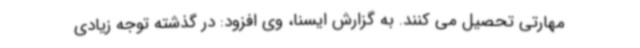
مهارتی تحصیل می کنند. به گزارش ایسنا، وی افزود: در گذشته توجه زیادی